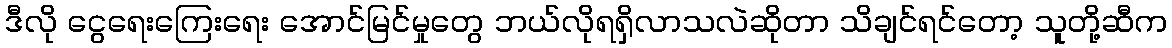
ဒီလို ငွေရေးကြေးရေး အောင်မြင်မှုတွေ ဘယ်လိုရရှိလာသလဲဆိုတာ သိချင်ရင်တော့ သူတို့ဆီက